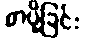
စာပို့ခြင်း